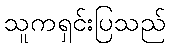
သူကရှင်းပြသည်